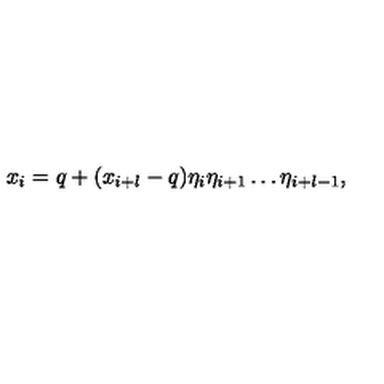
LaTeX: x _ { i } = q + ( x _ { i + l } - q ) \eta _ { i } \eta _ { i + 1 } \dots \eta _ { i + l - 1 } ,